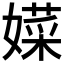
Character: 𱙮